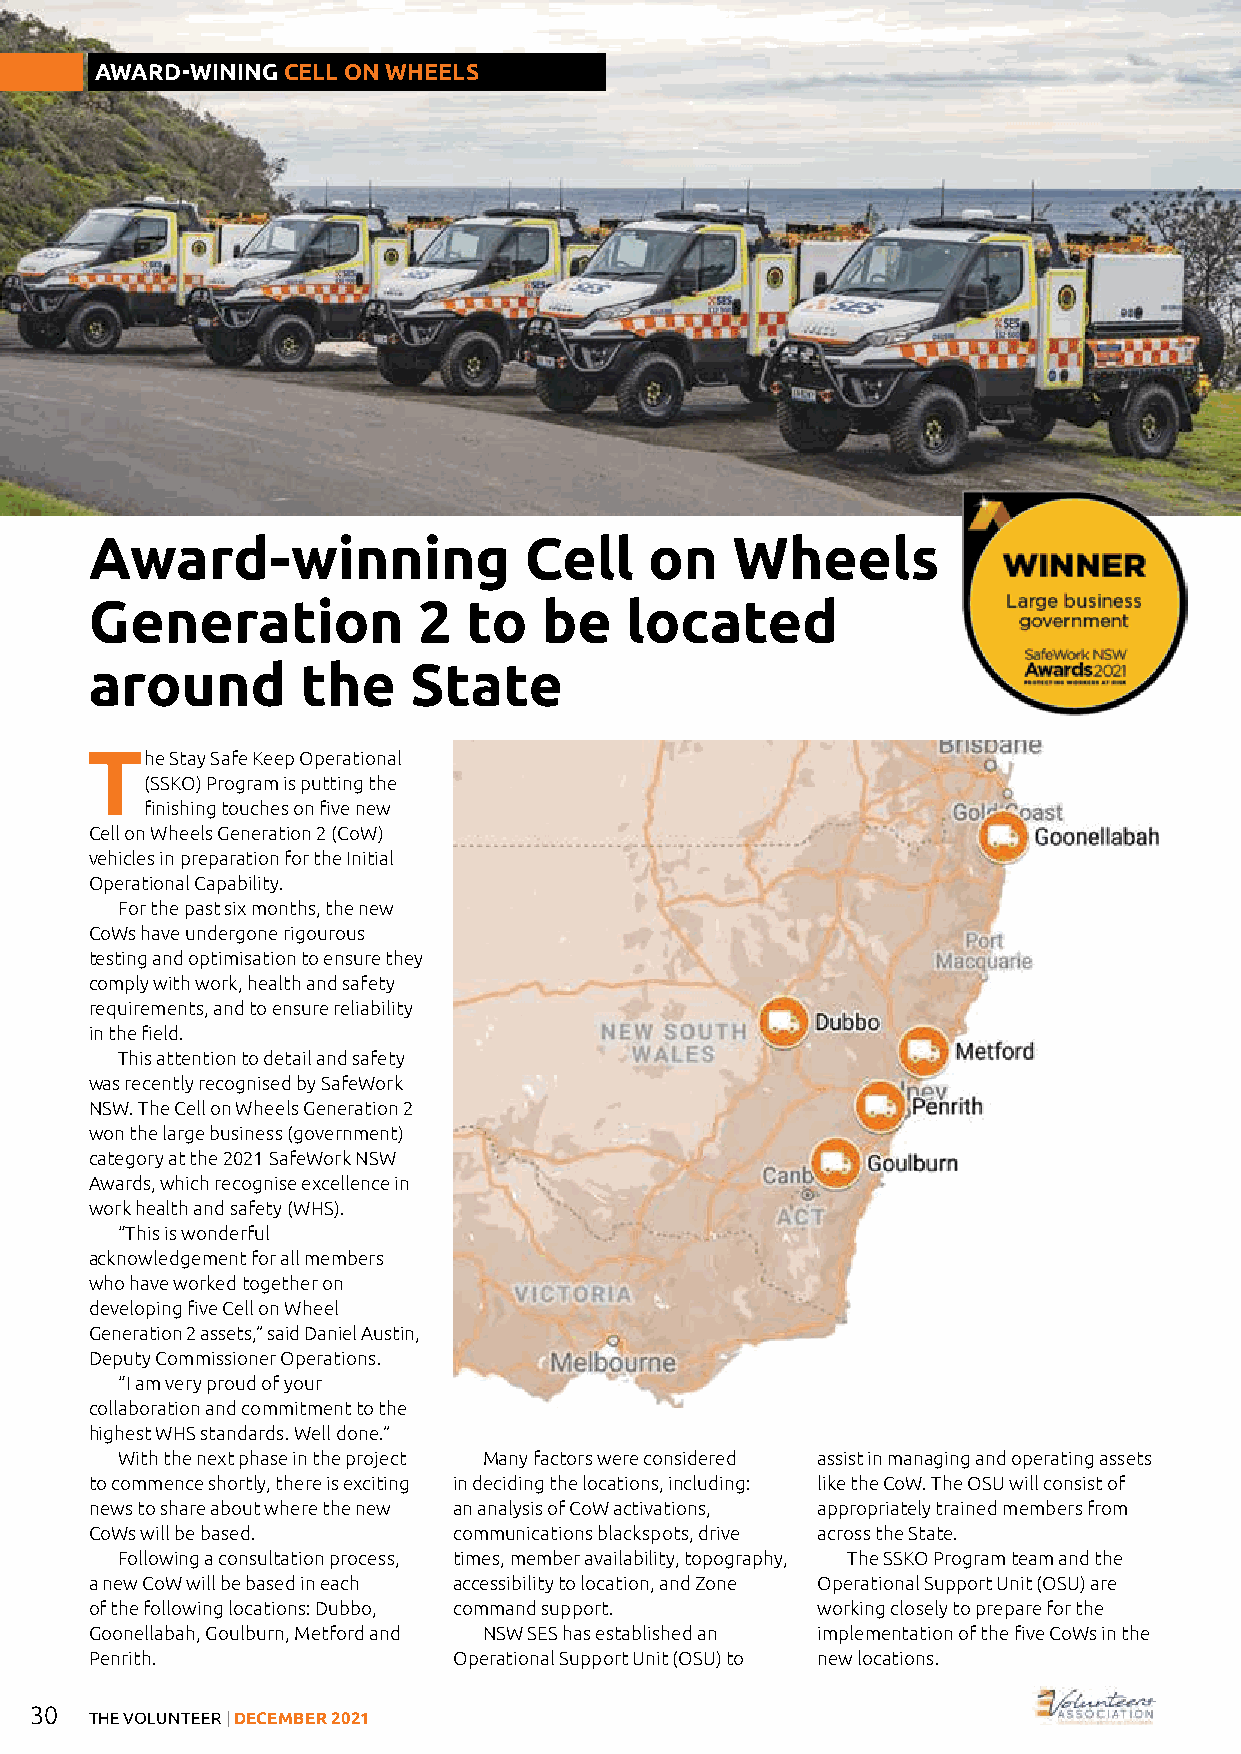
AWARD-WINING CELL ON WHEELS
 Award-winning                Cell    on   Wheels
 Generation            2  to   be   located
 around        the    State
 The  Stay Safe Keep Operational
 (SSKO) Program is putting the
 finishing touches on five new
 Cell on Wheels Generation 2 (CoW)
 vehicles in preparation for the Initial
 Operational Capability.
 For the past six months, the new
 CoWs have undergone rigourous
 testing and optimisation to ensure they
 comply with work, health and safety
 requirements, and to ensure reliability
 in the field.
 This attention to detail and safety
 was recently recognised by SafeWork
 NSW. The Cell on Wheels Generation 2
 won the large business (government)
 category at the 2021 SafeWork NSW
 Awards, which recognise excellence in
 work health and safety (WHS).
 “This is wonderful
 acknowledgement for all members
 who have worked together on
 developing five Cell on Wheel
 Generation 2 assets,” said Daniel Austin,
 Deputy Commissioner Operations.
 “I am very proud of your
 collaboration and commitment to the
 highest WHS standards. Well done.”
 With the next phase in the project Many factors were considered assist in managing and operating assets
 to commence shortly, there is exciting in deciding the locations, including: like the CoW. The OSU will consist of
 news to share about where the new an analysis of CoW activations, appropriately trained members from
 CoWs will be based.     communications blackspots, drive across the State.
 Following a consultation process, times, member availability, topography, The SSKO Program team and the
 a new CoW will be based in each accessibility to location, and Zone Operational Support Unit (OSU) are
 of the following locations: Dubbo, command support. working closely to prepare for the
 Goonellabah, Goulburn, Metford and NSW SES has established an implementation of the five CoWs in the
 Penrith.                Operational Support Unit (OSU) to new locations.
 30
 THE VOLUNTEER | DECEMBER 2021